Document type: Emphyteutic lease
Year: 1333
Scribe: Berenguer Simó
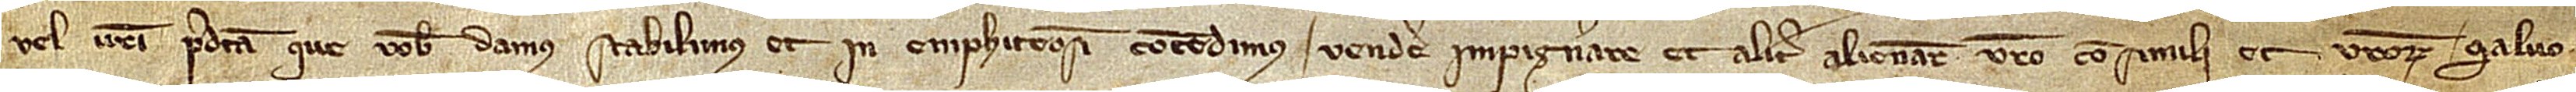
vel vestri predicta que vobis damus, stabilimus et in emphiteosim concedimus vendere, impignorare et aliter alienare vestro consimili et vestrorum, salvo